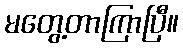
မတွေ့တာကြာပြီ။